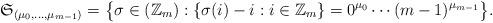
LaTeX: \begin{align*}\frak S_{(\mu_0,\dots,\mu_{m-1})}=\bigl\{\sigma\in(\Bbb Z_m):\{\sigma(i)-i:i\in\Bbb Z_m\}=0^{\mu_0}\cdots(m-1)^{\mu_{m-1}}\bigr\}.\end{align*}